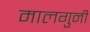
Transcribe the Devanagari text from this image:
मालगुनी